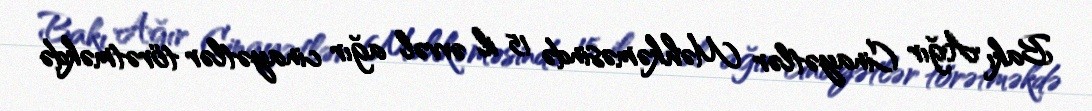
Bakı Ağır Cinayətlər Məhkəməsində 15 il əvvəl ağır cinayətlər törətməkdə